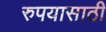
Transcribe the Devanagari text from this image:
रुपयासाठी